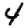
Digit: 4